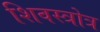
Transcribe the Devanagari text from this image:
शिवस्त्रोत्र